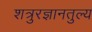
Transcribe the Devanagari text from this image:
शत्रुरज्ञानतुल्य